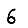
Digit: 6